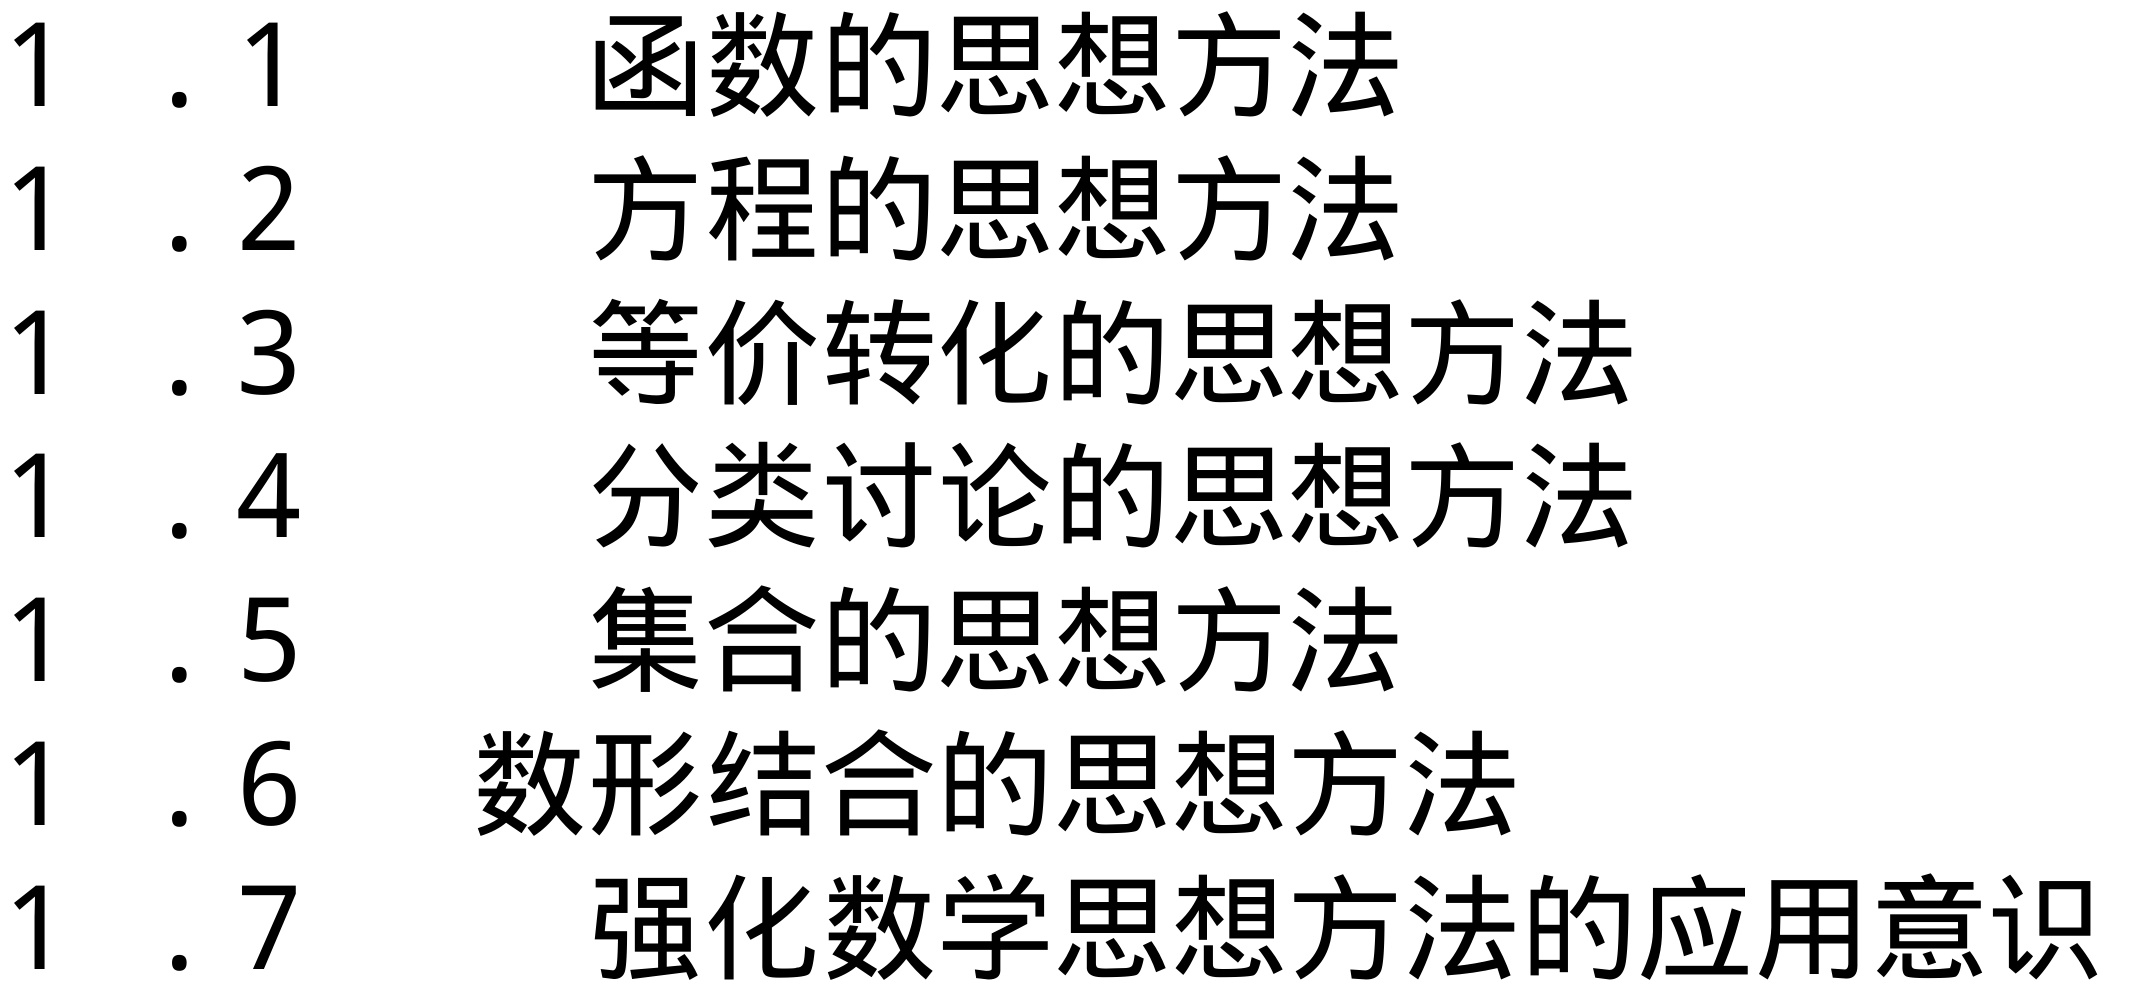
1.1 函数的思想方法
1.2 方程的思想方法
1.3 等价转化的思想方法
1.4 分类讨论的思想方法
1.5 集合的思想方法
1.6 数形结合的思想方法
1.7 强化数学思想方法的应用意识